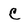
Character: C